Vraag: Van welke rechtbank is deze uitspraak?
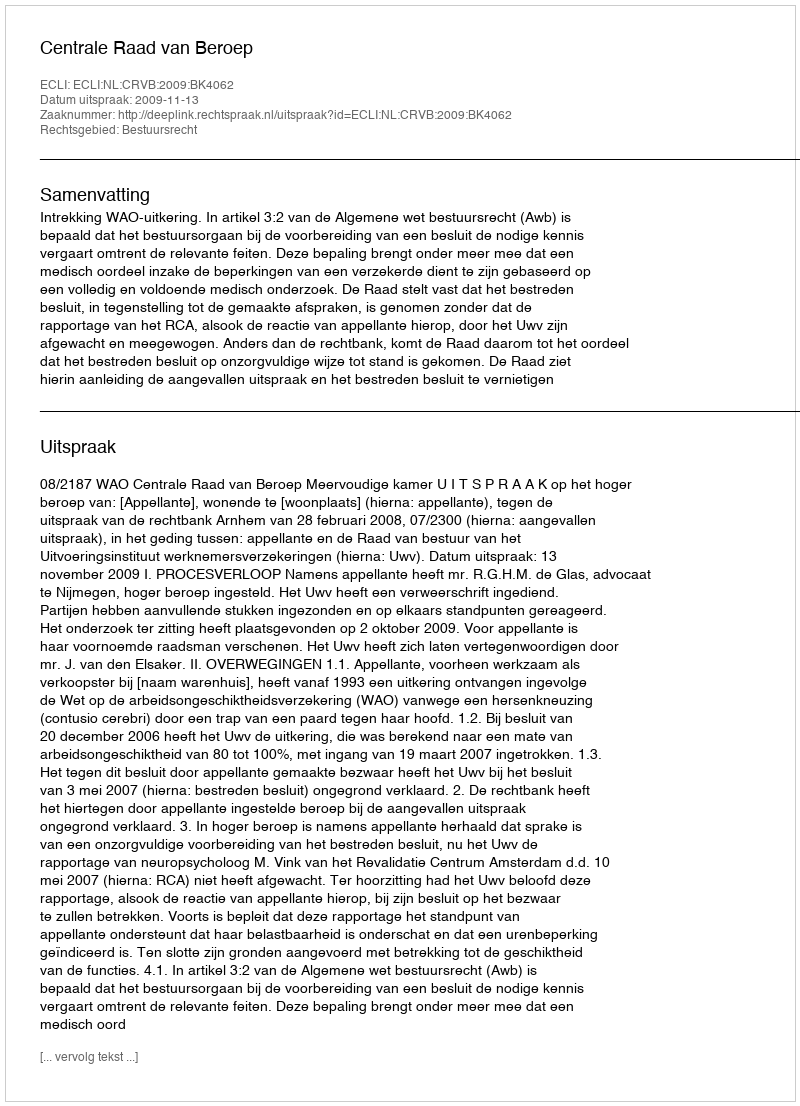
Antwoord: Centrale Raad van Beroep